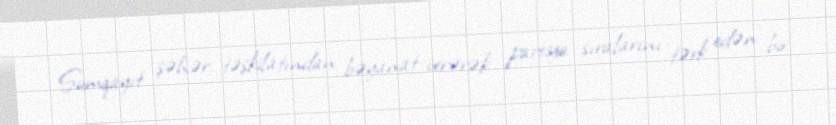
Sumqayıt şəhər təşkilatından bəyanat verərək partiya sıralarını tərk edən bir